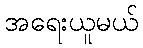
အရေးယူမယ်